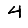
Digit: 4